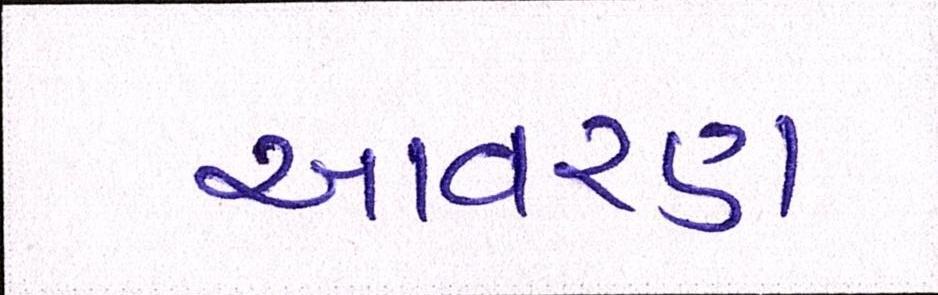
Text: આવરણ